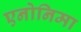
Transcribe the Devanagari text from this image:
एनोनिमा